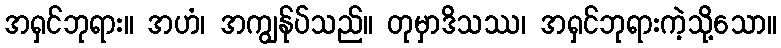
အရှင်ဘုရား။ အဟံ၊ အကျွန်ုပ်သည်။ တုမှာဒိသဿ၊ အရှင်ဘုရားကဲ့သို့သော။